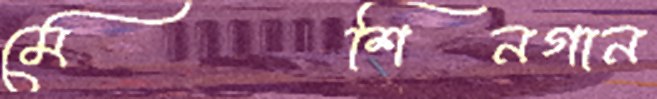
মেশিনগান